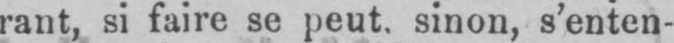
rant, si faire se peut, sinon, s’enten-